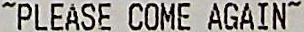
~PLEASE COME AGAIN~